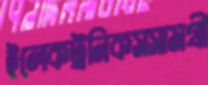
ইলেকট্রনিকসসামগ্রী